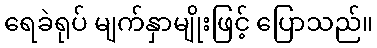
ရေခဲရုပ် မျက်နှာမျိုးဖြင့် ပြောသည်။